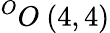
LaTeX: ^{O}O\ (4,4)